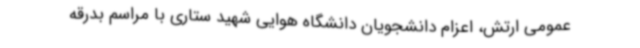
عمومی ارتش، اعزام دانشجویان دانشگاه هوایی شهید ستاری با مراسم بدرقه